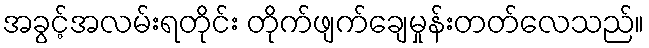
အခွင့်အလမ်းရတိုင်း တိုက်ဖျက်ချေမှုန်းတတ်လေသည်။